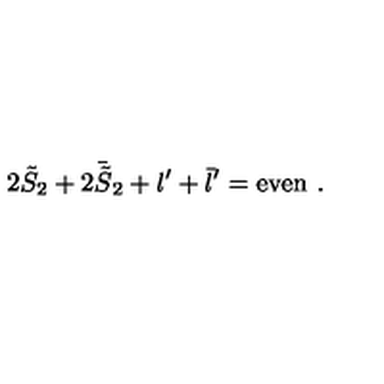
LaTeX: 2 { \tilde { S } } _ { 2 } + 2 { \bar { \tilde { S } } } _ { 2 } + l ^ { \prime } + { \bar { l } } ^ { \prime } = \mathrm { e v e n } \ .